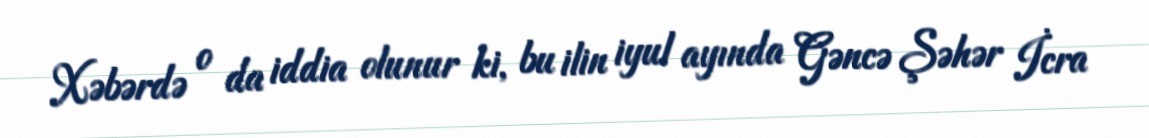
Xəbərdə o da iddia olunur ki, bu ilin iyul ayında Gəncə Şəhər İcra